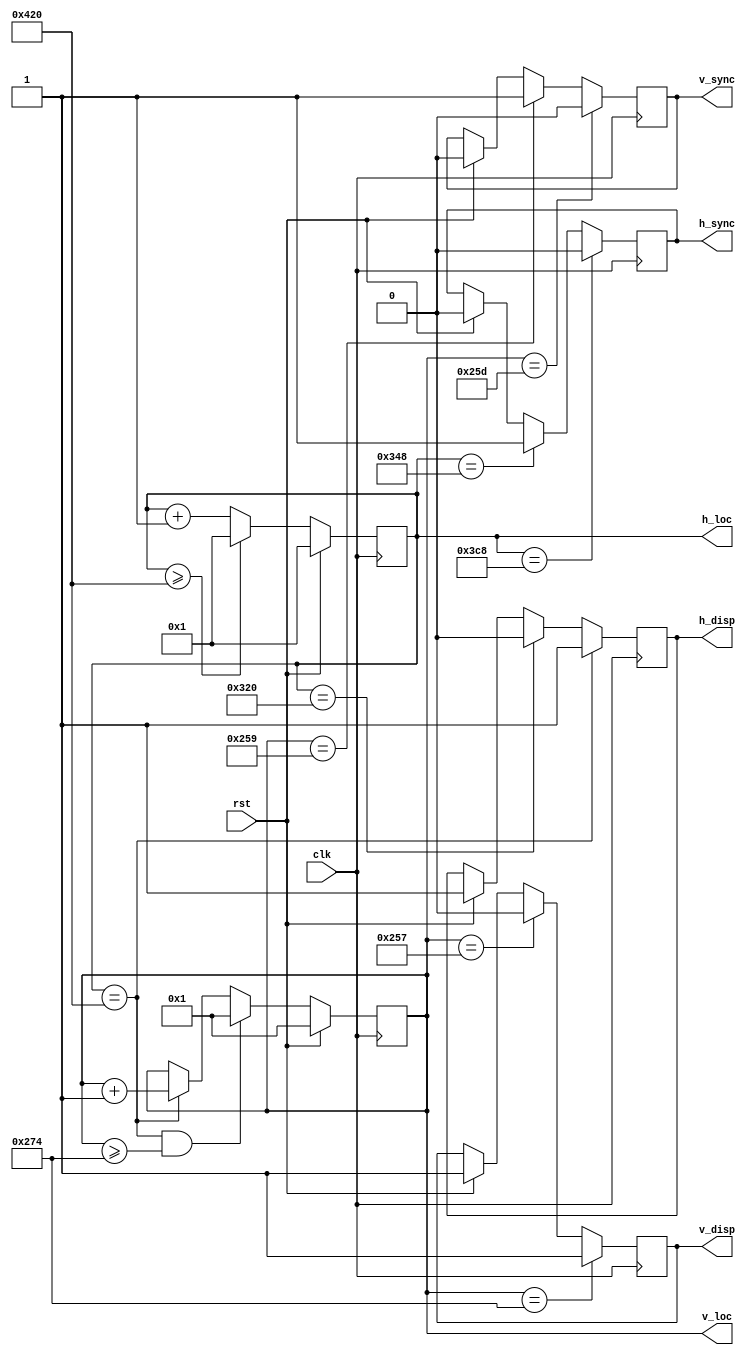
`timescale 1ns / 1ps

module disp_sync(
  input clk, rst,
  output reg v_sync, h_sync, v_disp, h_disp,
  output reg [9:0] v_loc,
  output reg [10:0] h_loc
);
  
  always @(posedge clk) begin    
  
	  if(rst)
	    h_loc <= 11'b00000000001;
	  else if(h_loc >= 11'b10000100000)			
        h_loc <= 11'b0000000001;
      else
        h_loc <= h_loc + 11'b00000000001;
	  //counter for horizontal position.
      
	  if(rst)
		v_loc <= 10'b0000000001;
      else if(h_loc == 11'b10000100000 && v_loc >= 10'b1001110100)			
        v_loc <= 10'b0000000001;
      else if(h_loc == 11'b10000100000)
        v_loc <= v_loc + 10'b0000000001;
      else
        v_loc <= v_loc;
      //counter for vertical position.
	  
	  if(rst)
		h_sync <= 1'b0;
      if(h_loc == 11'b01101001000)
		h_sync <= 1'b1;
      if(h_loc == 11'b1111001000)
		h_sync <= 1'b0;
	  //if block for horizontal sync pulse
	  
	  if(rst)
		v_sync <= 1'b0;
      if(v_loc == 10'b1001011001)
		v_sync <= 1'b1;
      if(v_loc == 10'b1001011101)
		v_sync <= 1'b0;
	  //if block for vertical sync pulse
	  
	  if(rst)
		h_disp <= 1'b1;
      if(h_loc == 11'b01100100000)
		h_disp <= 1'b0;
      if(h_loc == 11'b10000100000)
		h_disp <= 1'b1;
	  
	  if(rst)
		v_disp <= 1'b1;
      if(v_loc == 10'b1001010111)
		v_disp <= 1'b0;
      if(v_loc == 10'b1001110100)
		v_disp <= 1'b1;
		
      end
  
endmodule